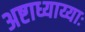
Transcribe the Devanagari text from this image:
अष्टाध्याय्याः